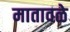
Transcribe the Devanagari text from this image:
मातावळे